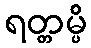
ရတ္တမ္ပိ